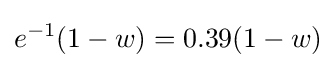
{e^{-1}}(1-w)=0.39(1-w)